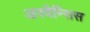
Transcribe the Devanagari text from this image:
अरवैन्सिस